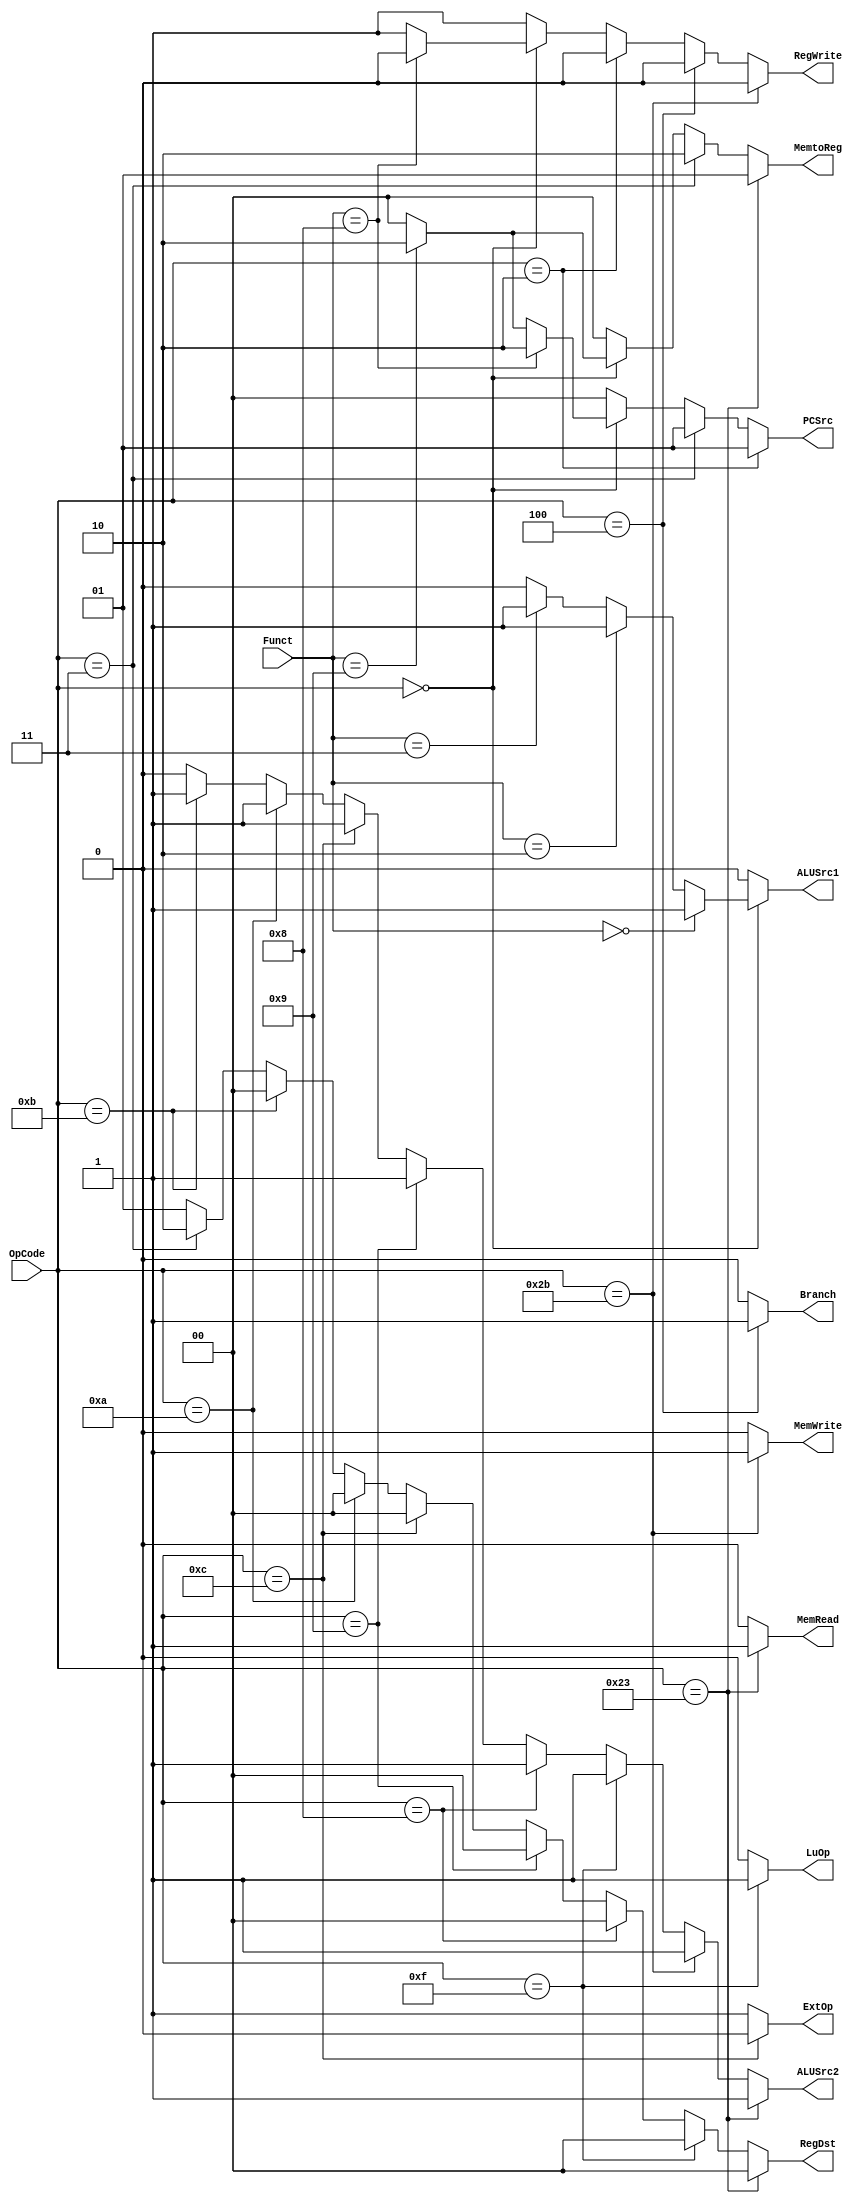
module Control(OpCode, Funct,
	PCSrc, Branch, RegWrite, RegDst, 
	MemRead, MemWrite, MemtoReg, 
	ALUSrc1, ALUSrc2, ExtOp, LuOp);
	input [5:0] OpCode;
	input [5:0] Funct;
	output [1:0] PCSrc;
	output Branch;
	output RegWrite;
	output [1:0] RegDst;
	output MemRead;
	output MemWrite;
	output [1:0] MemtoReg;
	output ALUSrc1;
	output ALUSrc2;
	output ExtOp;
	output LuOp;
	
	// Your code below

	assign PCSrc=  (OpCode==6'b00_0010)?(2'b01)://j
				   (OpCode==6'b00_0011)?(2'b01)://jal
				   (OpCode==6'b0)?(
						(Funct==6'b00_1000)?(2'b10)://jr
						(Funct==6'b00_1001)?(2'b10)://jalr
						2'b00
						):2'b00;
	assign Branch= (OpCode==6'b00_0100)?(1'b1)://beq
				   1'b0;
	assign RegWrite=   (OpCode==6'b10_1011)?(1'b0)://sw
					   (OpCode==6'b00_0100)?(1'b0)://beq
					   (OpCode==6'b00_0010)?(1'b0)://j
					   (OpCode==6'b0)?(
							(Funct==6'b00_1000)?(1'b0)://jr
							1'b1
							):1'b1;
	assign RegDst= (OpCode==6'b10_0011)?(2'b00)://lw
				   (OpCode==6'b00_1111)?(2'b00)://lui
				   (OpCode==6'b00_1000)?(2'b00)://addi
				   (OpCode==6'b00_1001)?(2'b00)://addiu
				   (OpCode==6'b00_1100)?(2'b00)://andi
				   (OpCode==6'b00_1010)?(2'b00)://slti
				   (OpCode==6'b00_1011)?(2'b00)://sltiu
				   (OpCode==6'b00_0011)?(2'b10)://jal
				   2'b01;
	assign MemRead=(OpCode==6'b10_0011)?(1'b1)://lw
				   1'b0;
    assign MemWrite=(OpCode==6'b10_1011)?(1'b1)://sw
					1'b0;
	assign MemtoReg=   (OpCode==6'b10_0011)?(2'b01)://lw
					   (OpCode==6'b00_0011)?(2'b10)://jal
					   (OpCode==6'b0)?(
							(Funct==6'b00_1001)?(2'b10)://jalr
							2'b00
							):2'b00;
	assign ALUSrc1=(OpCode==6'b0)?(
						(Funct==6'b0)?(1'b1)://sll
						(Funct==6'b00_0010)?(1'b1)://srl
						(Funct==6'b00_0011)?(1'b1)://sra
						1'b0
						):1'b0;
	assign ALUSrc2=(OpCode==6'b10_0011)?(1'b1)://lw
				   (OpCode==6'b10_1011)?(1'b1)://sw
				   (OpCode==6'b00_1111)?(1'b1)://lui
				   (OpCode==6'b00_1000)?(1'b1)://addi
				   (OpCode==6'b00_1001)?(1'b1)://addiu
				   (OpCode==6'b00_1100)?(1'b1)://andi
				   (OpCode==6'b00_1010)?(1'b1)://slti
				   (OpCode==6'b00_1011)?(1'b1)://sltiu
				   1'b0;
	assign ExtOp=  (OpCode==6'b00_1100)?(1'b0)://andi
				   1'b1;
	assign LuOp=   (OpCode==6'b00_1111)?(1'b1)://lui
				   1'b0;
	     
	// Your code above

	
endmodule